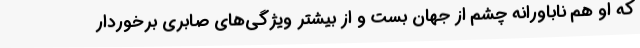
که او هم ناباورانه چشم از جهان بست و از بیشتر ویژگی‌های صابری برخوردار